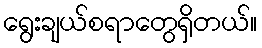
ရွေးချယ်စရာတွေရှိတယ်။